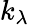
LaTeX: k_{\lambda}